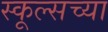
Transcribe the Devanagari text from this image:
स्कूल्सच्या